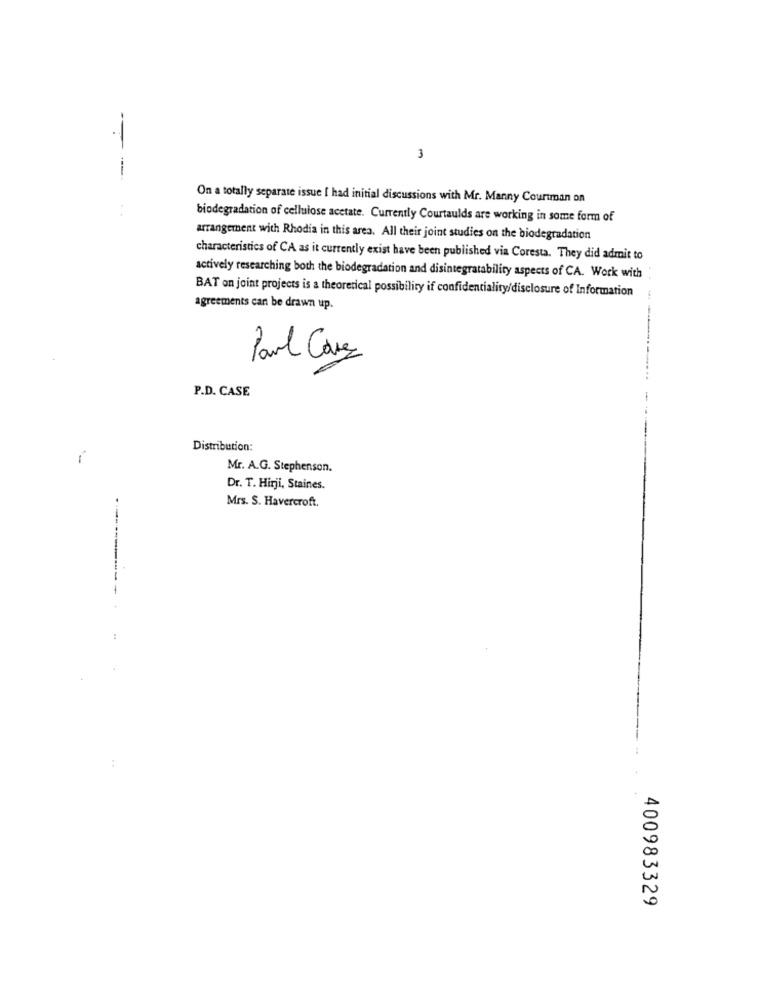
3
- --
On a totally separate issue I had initial discussions with Mr. Manny Courtman on
biodegradation of cellulose acetate. Currently Courtaulds are working in some form of
arrangement with Rhodia in this area. All their joint studies on the biodegradation
characteristics of CA as it currently exist have been published via Coresta. They did admit to
actively researching both the biodegradation and disintegratability aspects of CA. Work with
BAT on joint projects is a theoretical possibility if confidentiality/disclosure of Information
agreements can be drawn up.
Paul Caves
P.D. CASE
Distribution:
1
Mr. A.G. Stephenson.
Dr. T. Hirji, Staines.
Mrs. S. Havercroft.
400983329